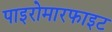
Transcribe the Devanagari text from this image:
पाइरोमारफाइट